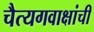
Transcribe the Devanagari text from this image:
चैत्यगवाक्षांची